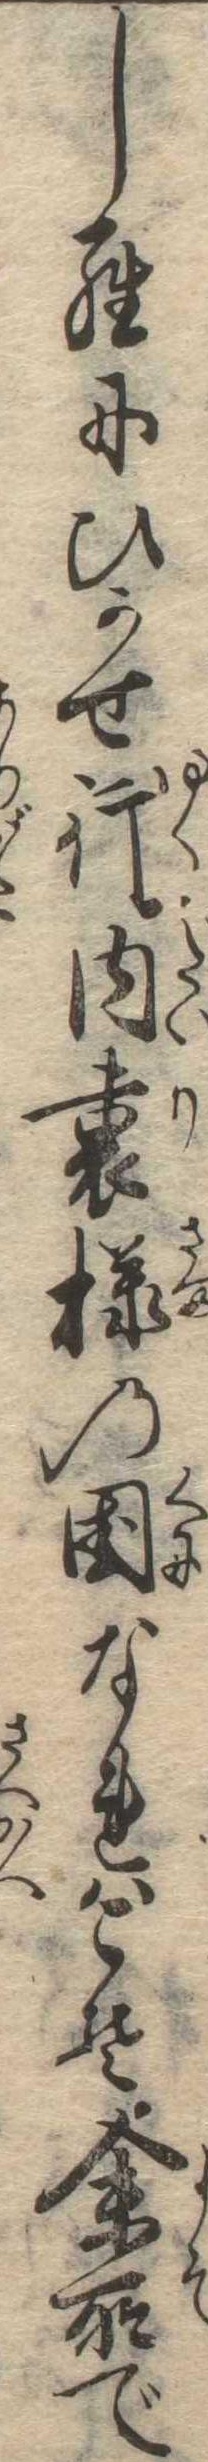
しらにひかせ行内裏様の国なれはこそ余所で